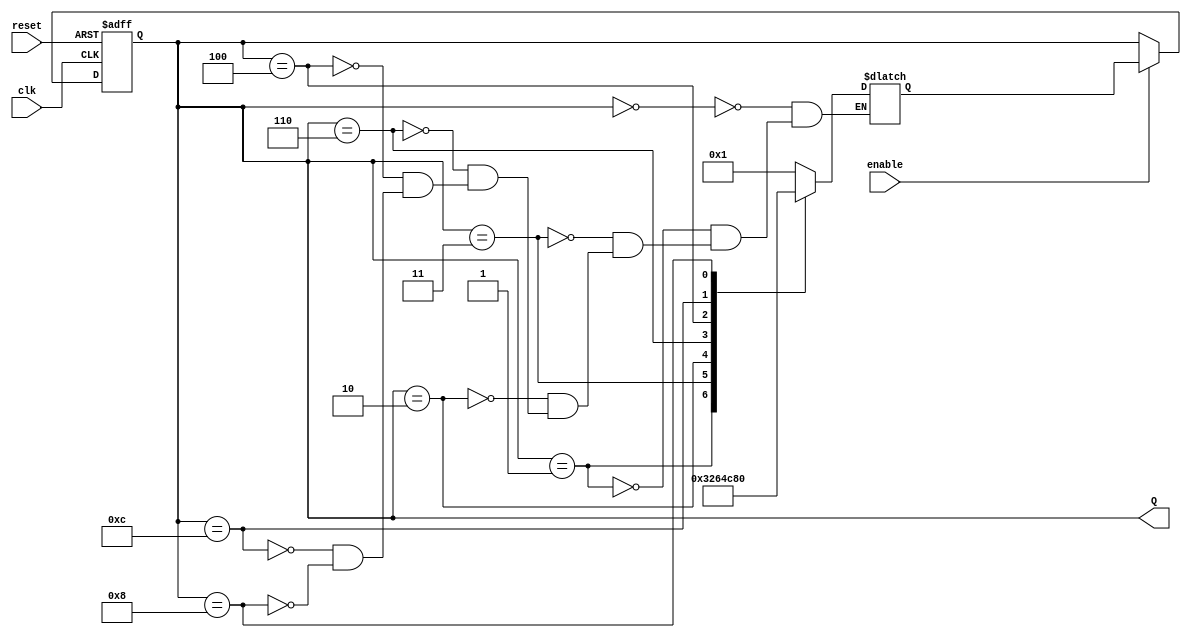
module JohnsonCounterWithEnable (
    input wire clk,
    input wire reset,
    input wire enable,
    output reg [3:0] Q
);

reg [3:0] next_Q;

always @(posedge clk or posedge reset) begin
    if (reset) begin
        Q <= 4'b0000;
    end else if (enable) begin
        Q <= next_Q;
    end
end

always @(*) begin
    case(Q)
        4'b0000: next_Q = 4'b0001;
        4'b0001: next_Q = 4'b0011;
        4'b0011: next_Q = 4'b0010;
        4'b0010: next_Q = 4'b0110;
        4'b0110: next_Q = 4'b0100;
        4'b0100: next_Q = 4'b1100;
        4'b1100: next_Q = 4'b1000;
        4'b1000: next_Q = 4'b0000;
    endcase
end

endmodule